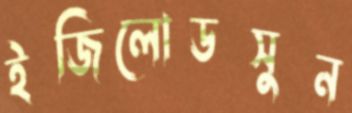
ইজিলোডসুন